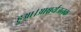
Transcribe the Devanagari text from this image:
हुआ।आश्चर्यजनक